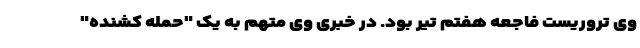
وی تروریست فاجعه هفتم تیر بود. در خبری وی متهم به یک "حمله کشنده"